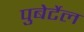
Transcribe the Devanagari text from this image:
पुबेर्टेल